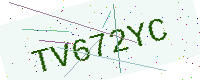
Text: TV672YC